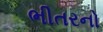
ભીતરનો